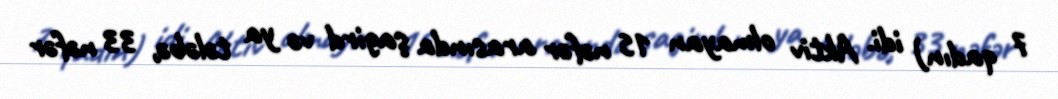
7 qadın) idi. Aktiv olmayan 15 nəfər arasında şagird və ya tələbə, 33 nəfər